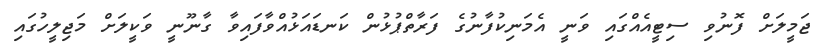
ޖަމީލަށް ފޮނުވި ސިޓީއެއްގައި ވަނީ އެމަނިކުފާނުގެ ފަރާތްޕުޅުން ކަނޑައަޅުއްވާފައިވާ ގާނޫނީ ވަކީލަށް މަޖިލީހުގައި